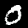
Digit: 0